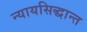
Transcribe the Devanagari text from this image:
न्यायसिद्धान्त